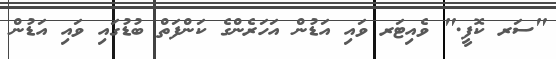
"ސަރ ކޮފީ." ވެއިޓަރ ވައި އަޑުން އަހަރެންގެ ކަންފަތް ބުޑުގައި ވައި އަޑުން